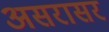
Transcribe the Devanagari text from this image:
असरासर